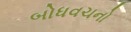
બોધવચનો